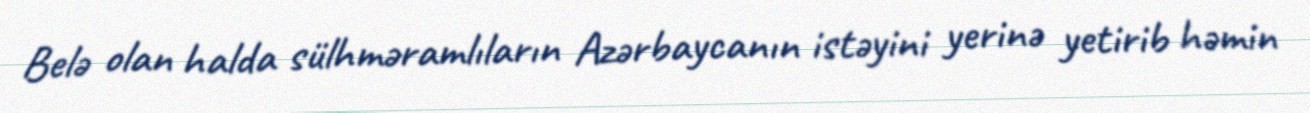
Belə olan halda sülhməramlıların Azərbaycanın istəyini yerinə yetirib həmin